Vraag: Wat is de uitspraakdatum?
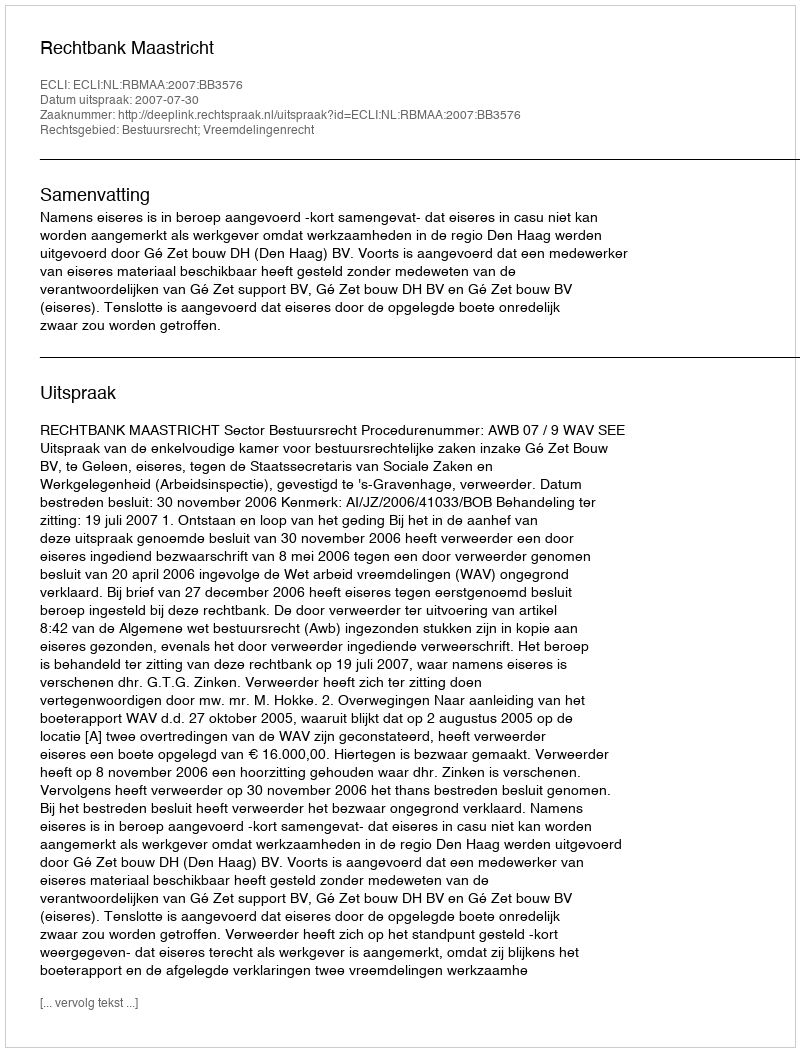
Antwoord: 2007-07-30